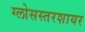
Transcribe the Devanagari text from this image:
ग्लोसस्तरशायर